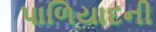
પાળિયાદની